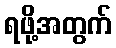
ရဖို့အတွက်